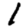
Digit: 1